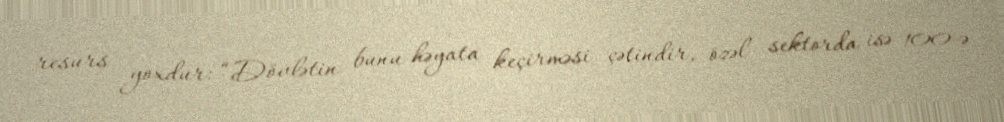
resurs yoxdur: “Dövlətin bunu həyata keçirməsi çətindir, özəl sektorda isə 100-ə